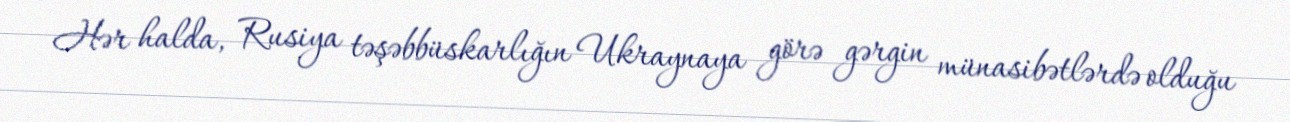
Hər halda, Rusiya təşəbbüskarlığın Ukraynaya görə gərgin münasibətlərdə olduğu